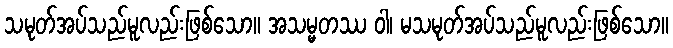
သမုတ်အပ်သည်မူလည်းဖြစ်သော။ အသမ္မတဿ ဝါ၊ မသမုတ်အပ်သည်မူလည်းဖြစ်သော။